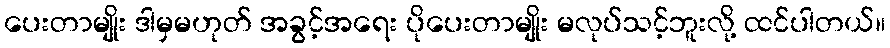
ပေးတာမျိုး ဒါမှမဟုတ် အခွင့်အရေး ပိုပေးတာမျိုး မလုပ်သင့်ဘူးလို့ ထင်ပါတယ်။